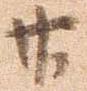
廿